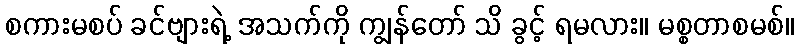
စကားမစပ် ခင်ဗျားရဲ့ အသက်ကို ကျွန်တော် သိ ခွင့် ရမလား။ မစ္စတာစမစ်။